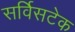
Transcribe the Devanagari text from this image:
सर्विसटेक